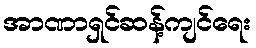
အာဏာရှင်ဆန့်ကျင်ရေး